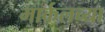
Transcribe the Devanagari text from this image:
मार्कलच्या